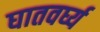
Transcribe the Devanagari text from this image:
घातवर्घ्य